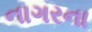
નાગરના